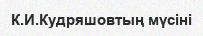
К.И.Кудряшовтың мүсіні